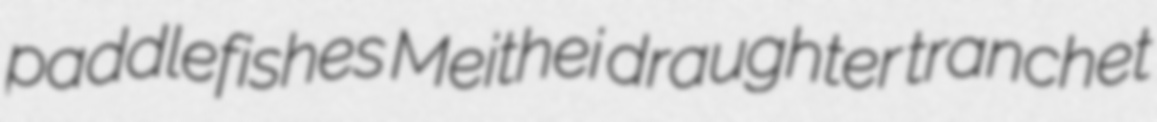
paddlefishes Meithei draughter tranchet